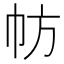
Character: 𢁸